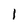
Character: 1